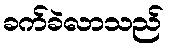
ခက်ခဲလာသည်